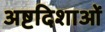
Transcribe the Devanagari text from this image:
अष्टदिशाओं